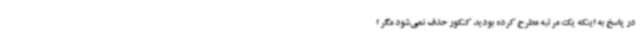
در پاسخ به اینکه یک مرتبه مطرح کرده بودید کنکور حذف نمی‌شود مگر ا